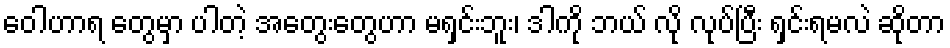
ဝေါဟာရ တွေမှာ ပါတဲ့ အတွေးတွေဟာ မရှင်းဘူး၊ ဒါကို ဘယ် လို လုပ်ပြီး ရှင်းရမလဲ ဆိုတာ